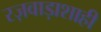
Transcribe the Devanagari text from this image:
रज़वाड़ाशाही